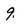
Character: 9